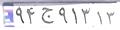
۹۴ج۹۱۳۱۳